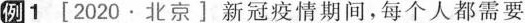
例1[2020·北京]新冠疫情期间，每个人都需要